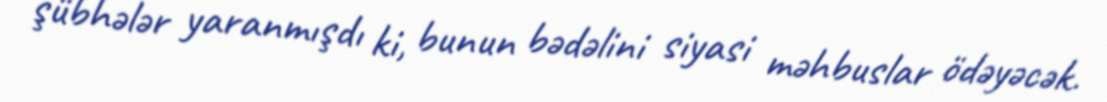
şübhələr yaranmışdı ki, bunun bədəlini siyasi məhbuslar ödəyəcək.